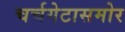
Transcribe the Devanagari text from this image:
चर्चगेटासमोर